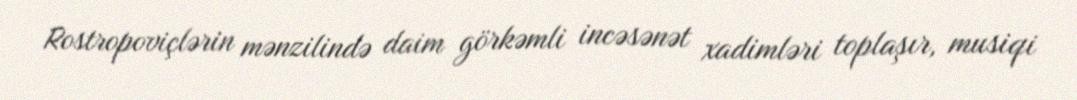
Rostropoviçlərin mənzilində daim görkəmli incəsənət xadimləri toplaşır, musiqi